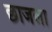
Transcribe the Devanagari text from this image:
छाजला